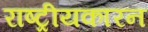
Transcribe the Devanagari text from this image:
राष्ट्रीयकारन